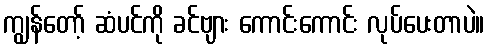
ကျွန်တော့် ဆံပင်ကို ခင်ဗျား ကောင်းကောင်း လုပ်ပေးတာပဲ။